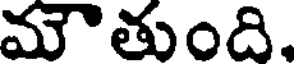
మౌతుంది.